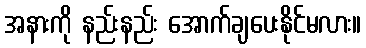
အနားကို နည်းနည်း အောက်ချပေးနိုင်မလား။